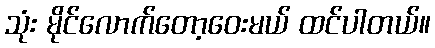
သုံး မိုင်လောက်တော့ဝေးမယ် ထင်ပါတယ်။